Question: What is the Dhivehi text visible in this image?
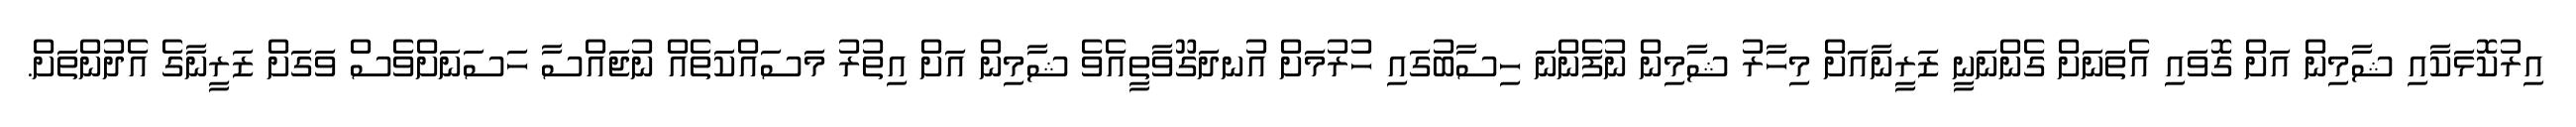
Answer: އިރުކޮޅަކާއި ޝާމިން އަށް ގޮވައި އެތަނަށް ގެންނަނީ ޒަރީނާއަށް މިހާރު ޝާމިން ނުފެންނަ ހިސާބުގައި ހުރުމަށް އުނދަގޫވާތީއެވެ ޝާމިން އަށް އިތުރު މަސައްކަތެއް ނުޖައްސާ ހަސަނަށްވެސް ވަގަށް ޒަރީނާގެ އެދުންތަށް.